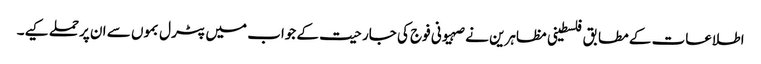
اطلاعات کے مطابق فلسطینی مظاہرین نے صہیونی فوج کی جارحیت کے جواب میں پٹرل بموں سے ان پرحملے کیے۔